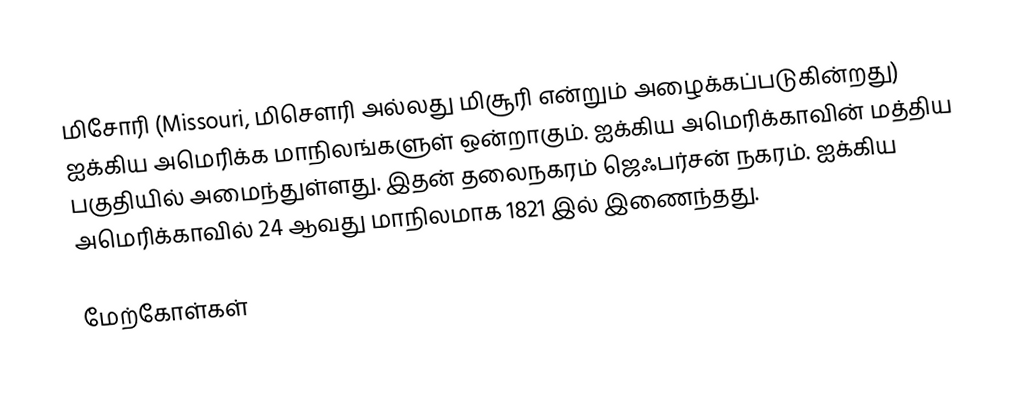
மிசோரி (Missouri, மிசௌரி அல்லது மிசூரி என்றும் அழைக்கப்படுகின்றது) ஐக்கிய அமெரிக்க மாநிலங்களுள் ஒன்றாகும். ஐக்கிய அமெரிக்காவின் மத்திய பகுதியில் அமைந்துள்ளது. இதன் தலைநகரம் ஜெஃபர்சன் நகரம். ஐக்கிய அமெரிக்காவில் 24 ஆவது மாநிலமாக 1821 இல் இணைந்தது.

மேற்கோள்கள்